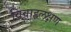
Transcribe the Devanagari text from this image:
विवाहलक्षण